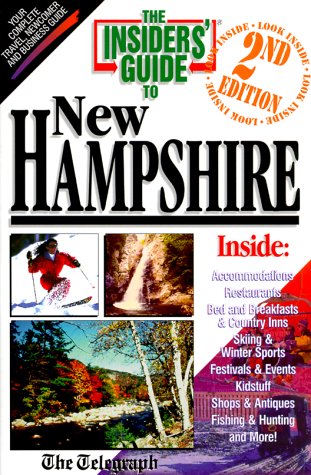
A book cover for Insiders' Guide to New Hampshire; Nancy Elcock; Travel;